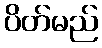
ပိတ်မည်